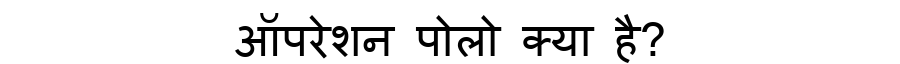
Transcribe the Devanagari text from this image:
ऑपरेशन पोलो क्या है?